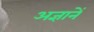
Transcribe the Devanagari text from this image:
अज्ञानें